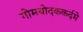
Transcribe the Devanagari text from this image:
गोमयोदककर्दमे